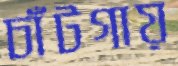
চাঁটগায়